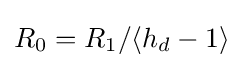
R_{0}=R_{1}/\langle h_{d}-1\rangle